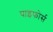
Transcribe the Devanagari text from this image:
पाइफोर्स